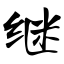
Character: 继